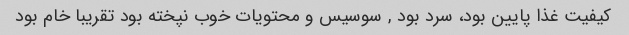
کیفیت غذا پایین بود، سرد بود , سوسیس و محتویات خوب نپخته بود تقریبا خام بود